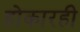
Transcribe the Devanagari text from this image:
होकारही